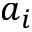
a _ { i }